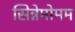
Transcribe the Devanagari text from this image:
सिन्नेमोमम